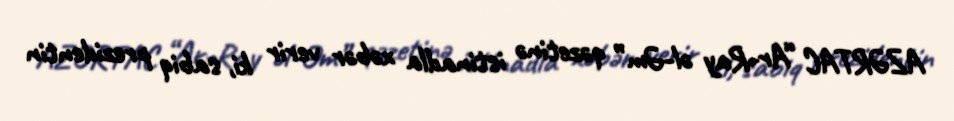
AZƏRTAC “Ar-Ray əl-Əm” qəzetinə istinadla xəbər verir ki, sabiq prezidentin